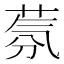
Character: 𱽰